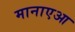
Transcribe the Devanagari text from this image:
मानाएआ